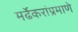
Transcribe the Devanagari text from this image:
मर्ढेकरांप्रमाणे